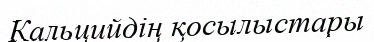
Кальцийдің қосылыстары